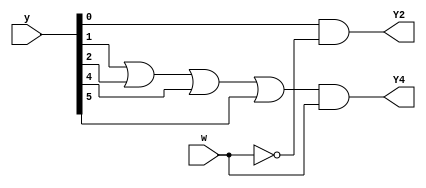
// This program was cloned from: https://github.com/milind7777/VerilogDocGen
// License: MIT License

module m2014_q6c (
  input [6:1] y,
  input w,
  output Y2,
  output Y4

);
  assign Y2 = y[1]&~w;
  assign Y4 = (y[2]|y[3]|y[5]|y[6]) & w;

endmodule